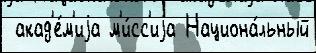
 акад'е́м'иjа м'и́сс'иjа Национа́льный